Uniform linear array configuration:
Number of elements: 64
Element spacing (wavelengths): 0.75
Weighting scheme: exponential
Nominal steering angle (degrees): -45
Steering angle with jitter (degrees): -43.304
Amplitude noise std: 0.05
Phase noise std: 0.05

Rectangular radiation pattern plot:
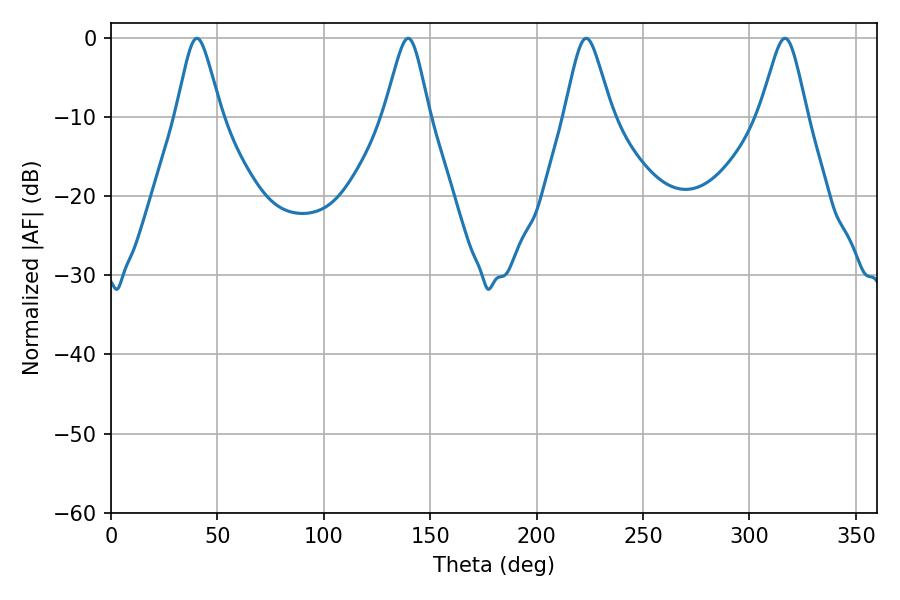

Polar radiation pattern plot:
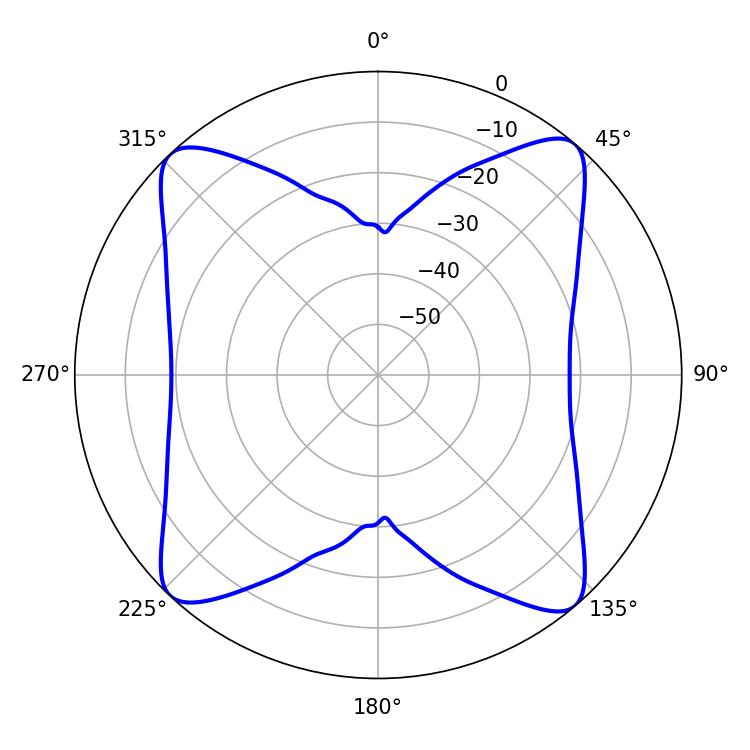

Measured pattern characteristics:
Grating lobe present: TRUE
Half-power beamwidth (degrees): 10.26
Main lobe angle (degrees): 40.32